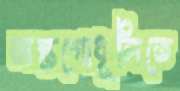
অস্তগোধূলিতে